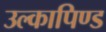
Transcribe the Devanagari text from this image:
उल्‍कापिण्‍ड